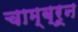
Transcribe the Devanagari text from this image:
चाम्ब्रून